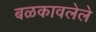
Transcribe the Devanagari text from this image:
बळकावलेले